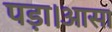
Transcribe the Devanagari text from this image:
पड़ा।आसा